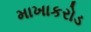
માખાકરોડ